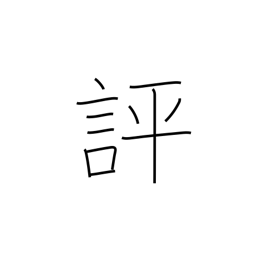
Meaning: evaluate